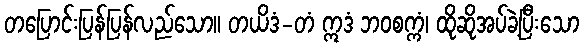
တပြောင်းပြန်ပြန်လည်သော။ တယိဒံ-တံ ဣဒံ ဘဝစက္ကံ၊ ထိုဆိုအပ်ခဲ့ပြီးသော